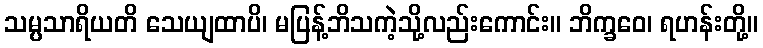
သမ္ပသာရိယတိ သေယျထာပိ၊ မပြန့်ဘိသကဲ့သို့လည်းကောင်း။ ဘိက္ခဝေ၊ ရဟန်းတို့။